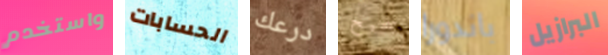
واستخدم الحسابات درعك صحيح باندورا البرازيل